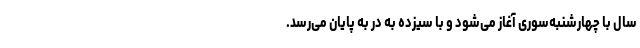
سال با چهارشنبه‌سوری آغاز می‌شود و با سیزده به در به پایان می‌رسد.